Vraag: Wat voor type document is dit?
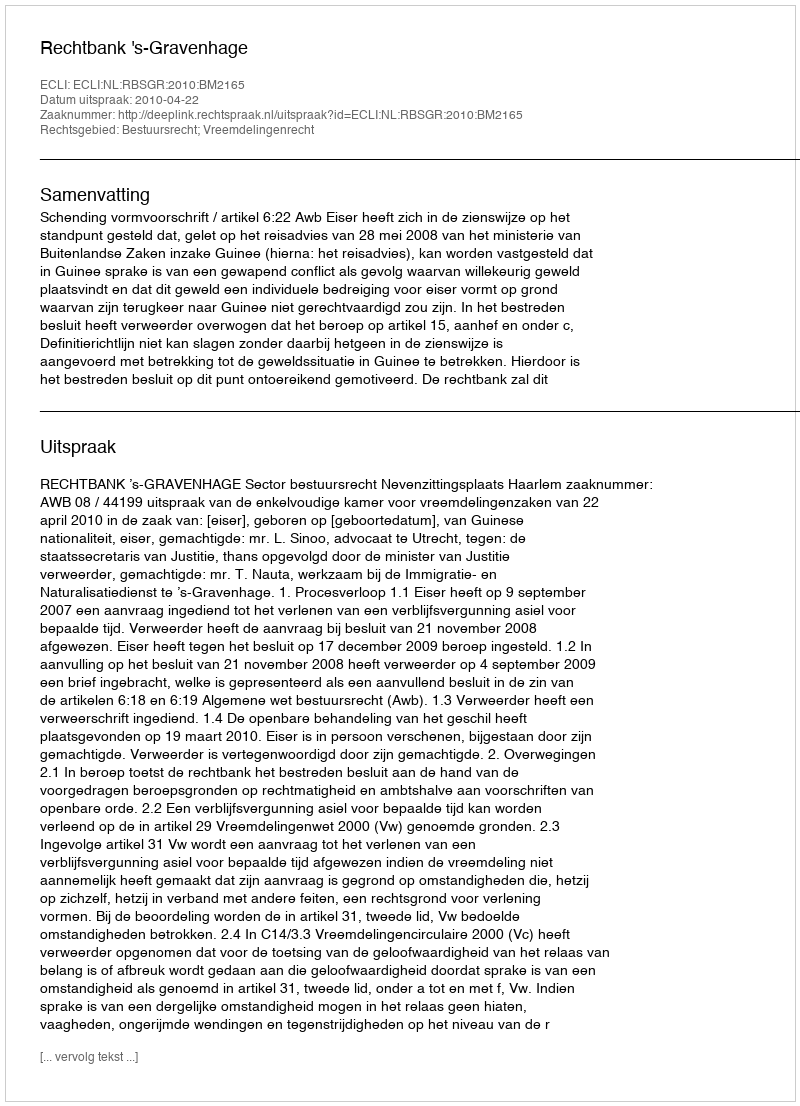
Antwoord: Uitspraak